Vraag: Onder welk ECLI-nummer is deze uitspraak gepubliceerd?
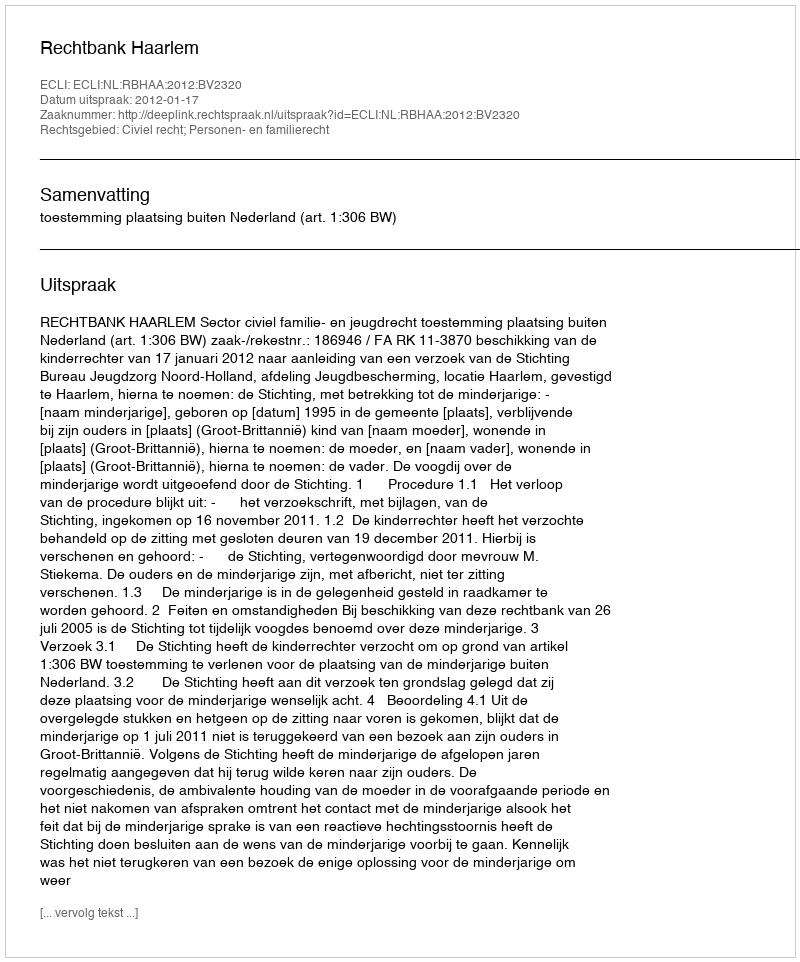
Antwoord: ECLI:NL:RBHAA:2012:BV2320